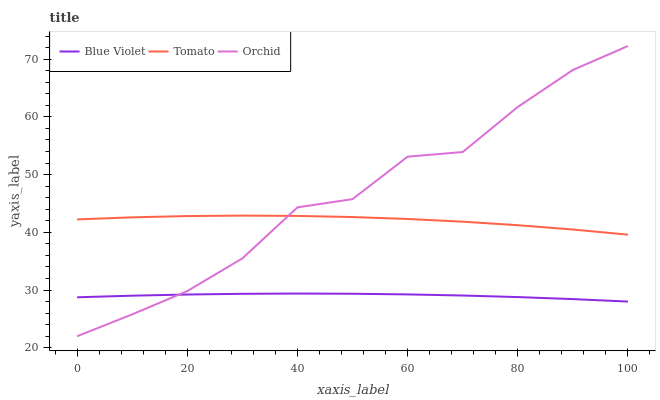
| xaxis_label | Blue Violet | Tomato | Orchid |
 | --- | --- | --- | --- |
 | 0 | 28.7 | 42.2 | 22 |
 | 10 | 29 | 42.6 | 25.8 |
 | 20 | 29.2 | 42.8 | 29.8 |
 | 30 | 29.4 | 42.9 | 35.5 |
 | 40 | 29.4 | 42.8 | 44.3 |
 | 50 | 29.4 | 42.6 | 45.7 |
 | 60 | 29.2 | 42.3 | 53.1 |
 | 70 | 29.1 | 41.8 | 53.9 |
 | 80 | 28.8 | 41.2 | 61.7 |
 | 90 | 28.4 | 40.5 | 68.1 |
 | 100 | 28 | 39.6 | 72.3 |